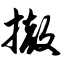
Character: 撤